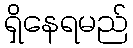
ရှိနေရမည်